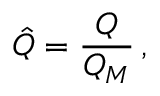
\hat { Q } = \frac { Q } { Q _ { M } } \, ,